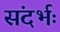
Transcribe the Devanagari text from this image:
संदर्भः